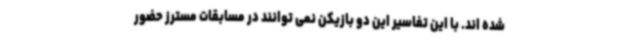
شده اند. با این تفاسیر این دو بازیکن نمی توانند در مسابقات مسترز حضور